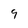
Character: 9